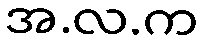
အ.လ.က